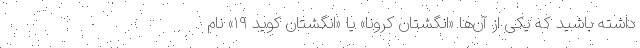
داشته باشید که یکی از آن‌ها «انگشتان کرونا» یا «انگشتان کوید ۱۹» نام